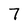
Character: 7